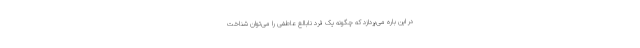
در این باره می‌پردازد که چگونه یک فرد نابالغ عاطفی را می‌توان شناخت